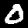
Label: 0